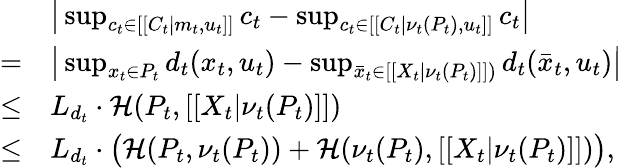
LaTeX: \begin{array}{rl}&{\big|\operatorname*{sup}_{c_{t}\in[[C_{t}|m_{t},u_{t}]]}c_{t}-\operatorname*{sup}_{c_{t}\in[[C_{t}|\nu_{t}({P}_{t}),u_{t}]]}c_{t}\big|}\\ {=}&{\big|\operatorname*{sup}_{x_{t}\in P_{t}}d_{t}(x_{t},u_{t})-\operatorname*{sup}_{\bar{x}_{t}\in[[X_{t}|\nu_{t}({P}_{t})]])}d_{t}(\bar{x}_{t},u_{t})\big|}\\ {\leq}&{L_{d_{t}}\cdot\mathcal{H}(P_{t},[[X_{t}|\nu_{t}({P}_{t})]])}\\ {\leq}&{L_{d_{t}}\cdot\big(\mathcal{H}(P_{t},\nu_{t}(P_{t}))+\mathcal{H}(\nu_{t}(P_{t}),[[X_{t}|\nu_{t}({P}_{t})]])\big),}\end{array}